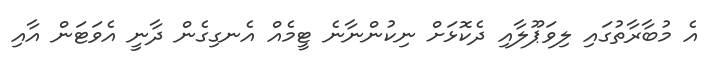
އެ މުބާރާތުގައި ލިވަޕޫލާއި ދެކޮޅަށް ނިކުންނާނެ ޓީމެއް އެނގިގެން ދާނީ އެވަޓަން އާއި